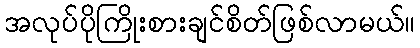
အလုပ်ပိုကြိုးစားချင်စိတ်ဖြစ်လာမယ်။